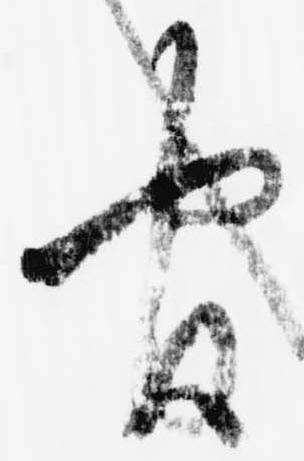
官